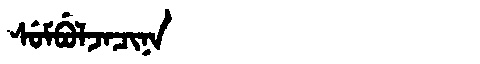
Manchu: ᠰᡠᠮᠪᡠᠯᠵᠠᠴᡳᠨᠠ
Romanization: SUMBULJACINA